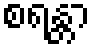
စရန္တာ